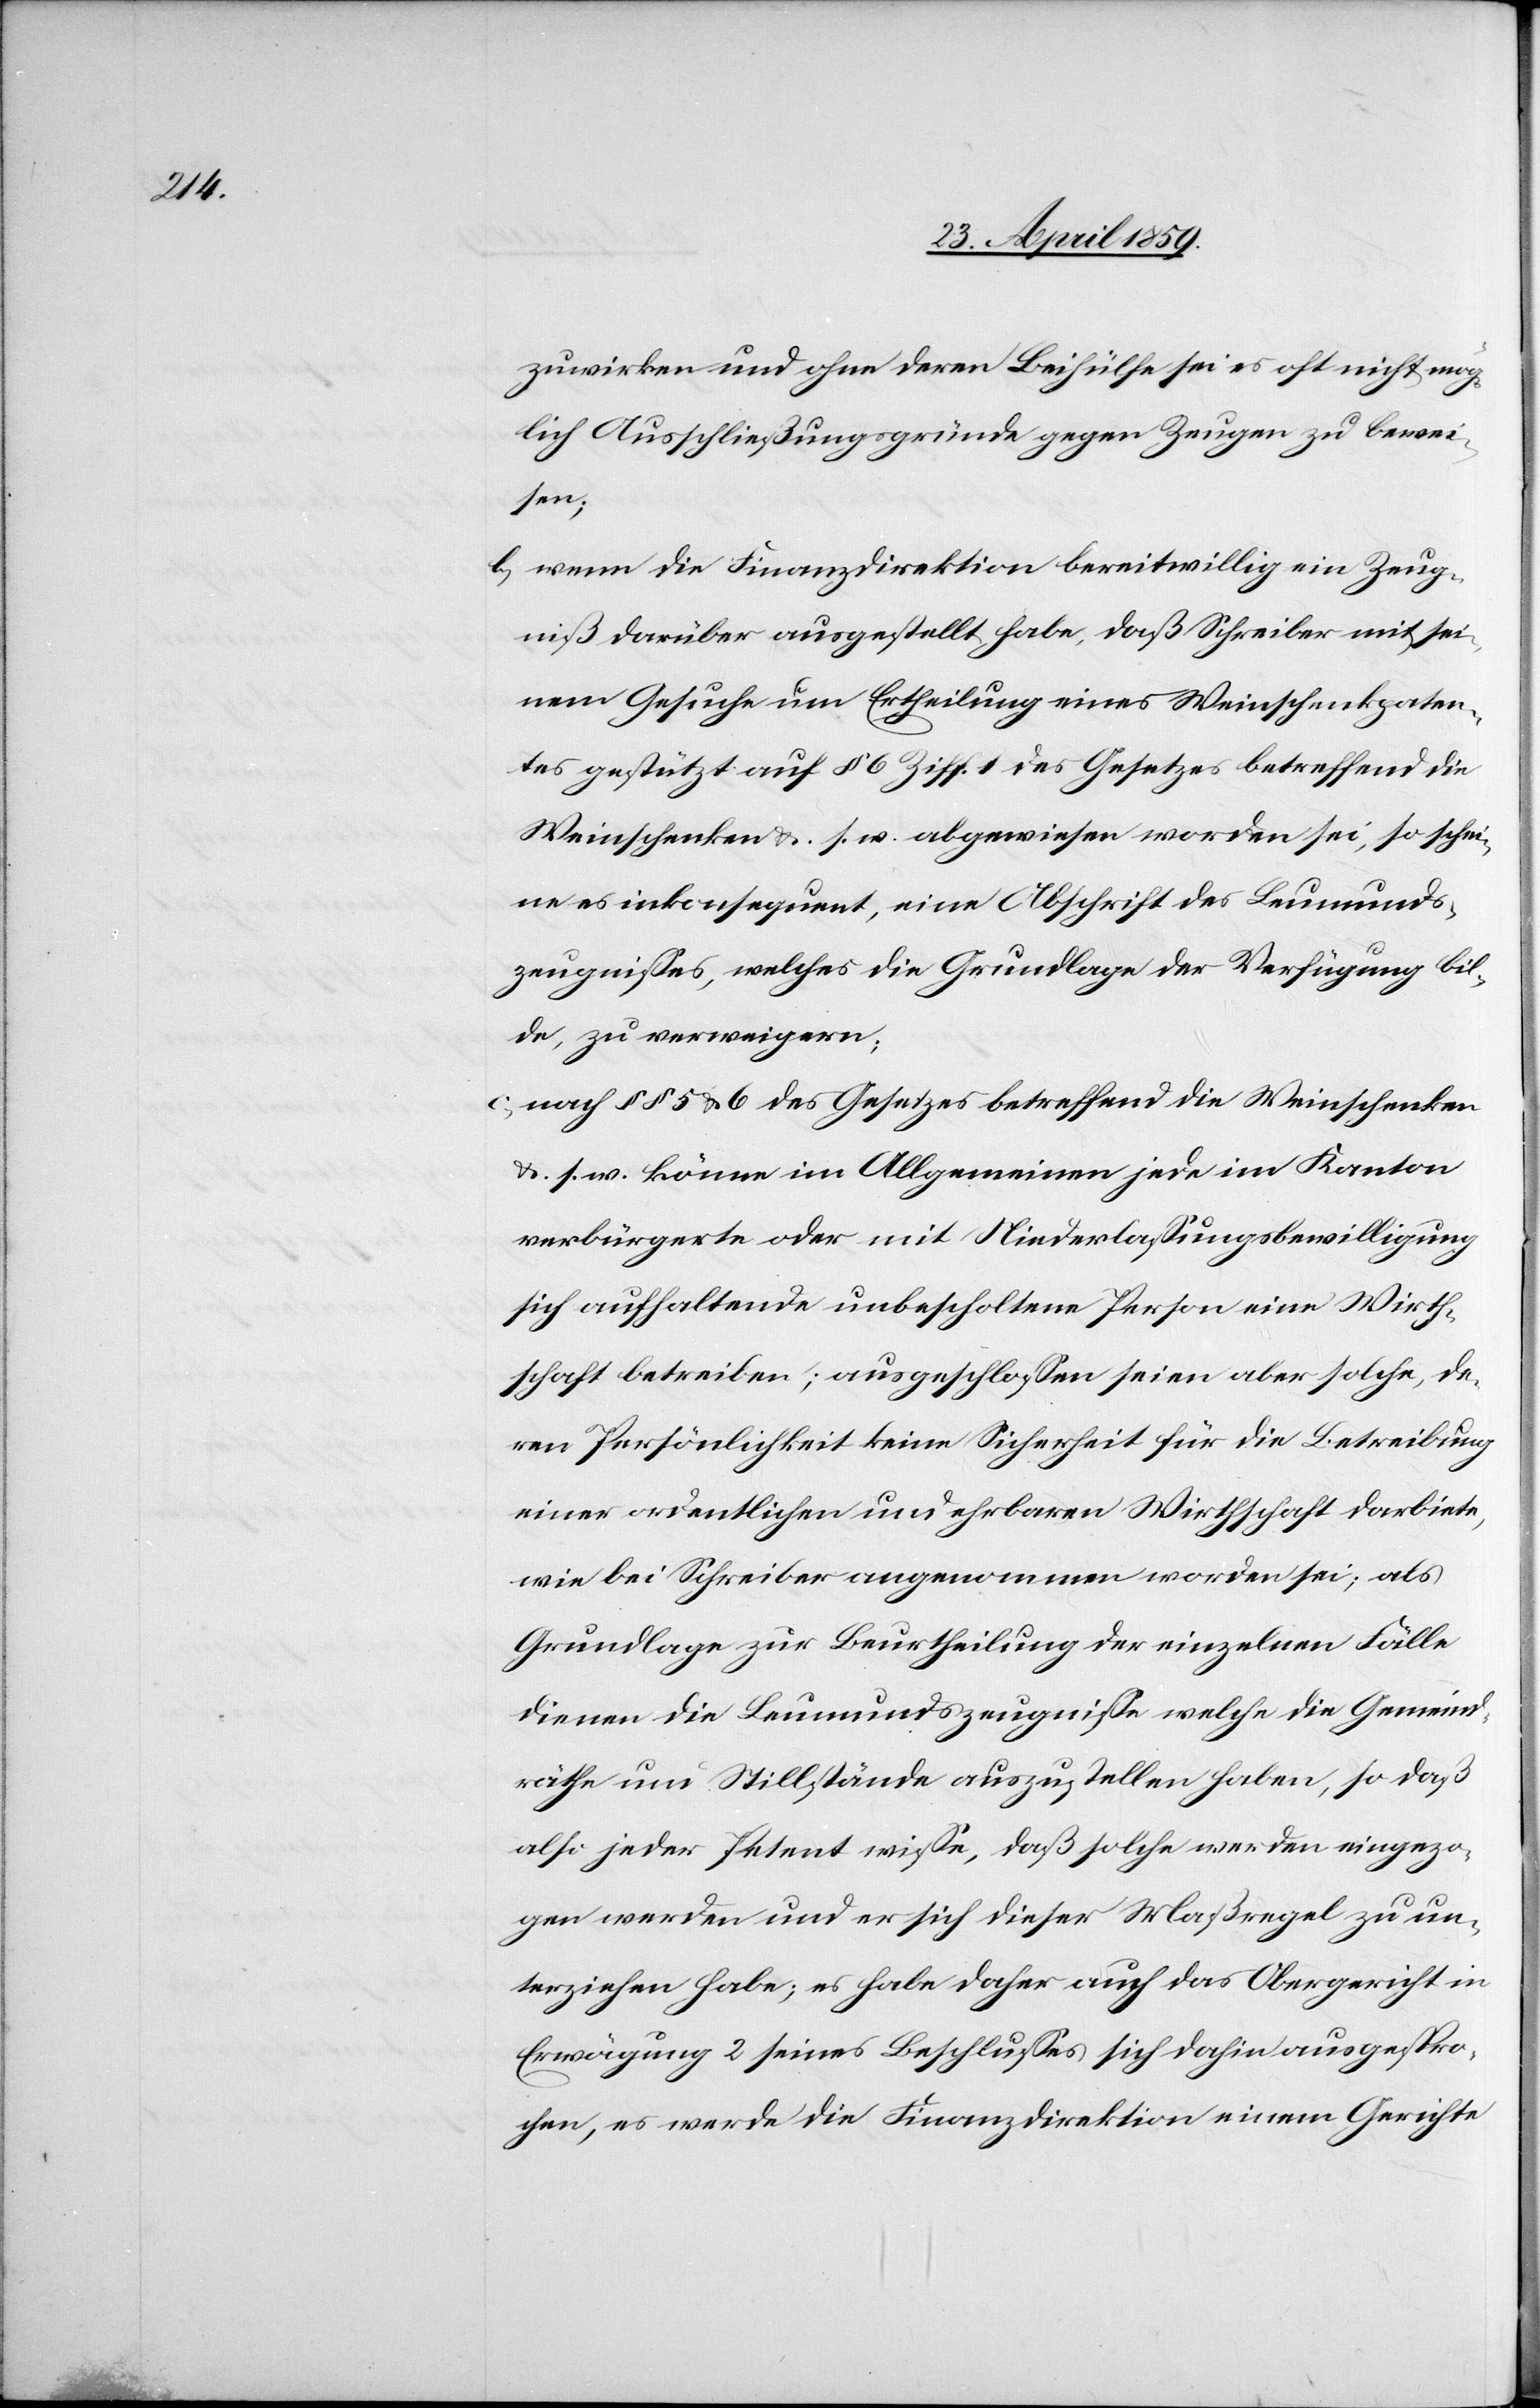
zuwirken und ohne deren Beihülfe sei es oft nicht mög¬
lich Ausschließungsgründe gegen Zeugen zu bewei¬
sen;
b) wenn die Finanzdirektion bereitwillig ein Zeug¬
niß darüber ausgestellt habe, daß Schreiber mit sei¬
nem Gesuche um Ertheilung eines Weinschenkpaten¬
tes gestützt auf § 6 Ziff. 1 des Gesetzes betreffend die
Weinschenken &. s. w. abgewiesen worden sei, so schei¬
ne es inkonsequent, eine Abschrift des Leumunds¬
zeugnißes, welches die Grundlage der Verfügung bil¬
de, zu verweigern;
c) nach § § 5 & 6 des Gesetzes betreffend die Weinschenken
&. s. w. könne im Allgemeinen jede im Kanton
verbürgert oder mit Niederlaßungsbewilligung
sich aufhaltende unbescholtene Person eine Wirth¬
schaft betreiben; ausgeschloßen seien aber solche, de¬
ren Persönlichkeit keine Sicherheit für die Betreibung
einer ordentlichen und ehrbaren Wirthschaft darbiete,
wie bei Schreiber angenommen worden sei; als
Grundlage zur Beurtheilung der einzelnen Fälle
dienen die Leumundszeugniße welche die Gemeind¬
räthe und Stillstände auszustellen haben, so daß
also jeder Petent wiße, daß solche werden eingezo¬
gen werden und er sich dieser Maßregel zu un¬
terziehen habe; es habe daher auch das Obergericht in
Erwägung 2 seines Beschlußes sich dahin ausgespro¬
chen, es werde die Finanzdirektion einem Gerichte